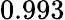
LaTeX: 0.993